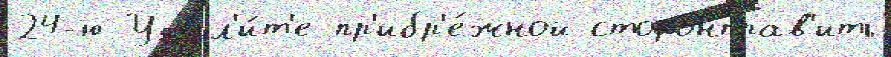
24-ю Удал'и́т'е пр'ибр'е́жной сторонправ'ить